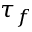
\tau _ { f }